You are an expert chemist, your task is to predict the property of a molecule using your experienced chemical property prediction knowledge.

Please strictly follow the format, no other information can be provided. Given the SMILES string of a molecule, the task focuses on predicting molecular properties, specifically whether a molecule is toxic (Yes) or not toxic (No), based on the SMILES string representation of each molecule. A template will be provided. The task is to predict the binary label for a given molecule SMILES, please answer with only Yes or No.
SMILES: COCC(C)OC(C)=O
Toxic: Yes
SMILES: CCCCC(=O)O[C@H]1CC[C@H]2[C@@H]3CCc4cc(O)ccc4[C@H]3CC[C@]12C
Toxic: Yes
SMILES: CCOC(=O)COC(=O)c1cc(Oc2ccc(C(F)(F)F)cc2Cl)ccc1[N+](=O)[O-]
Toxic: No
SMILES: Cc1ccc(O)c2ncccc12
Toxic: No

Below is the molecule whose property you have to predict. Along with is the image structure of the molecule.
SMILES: O=C([O-])COc1nn(Cc2ccccc2)c2ccccc12
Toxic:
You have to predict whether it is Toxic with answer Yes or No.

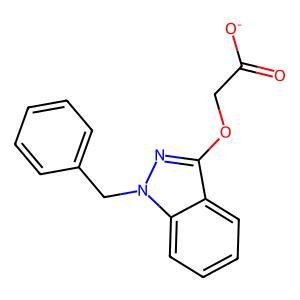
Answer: No